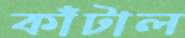
কাঁটাল